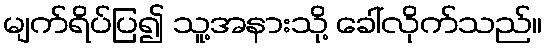
မျက်ရိပ်ပြ၍ သူ့အနားသို့ ခေါ်လိုက်သည်။